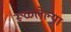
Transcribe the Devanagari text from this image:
रूळलेल्या